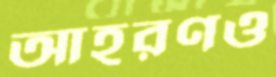
আহরণও